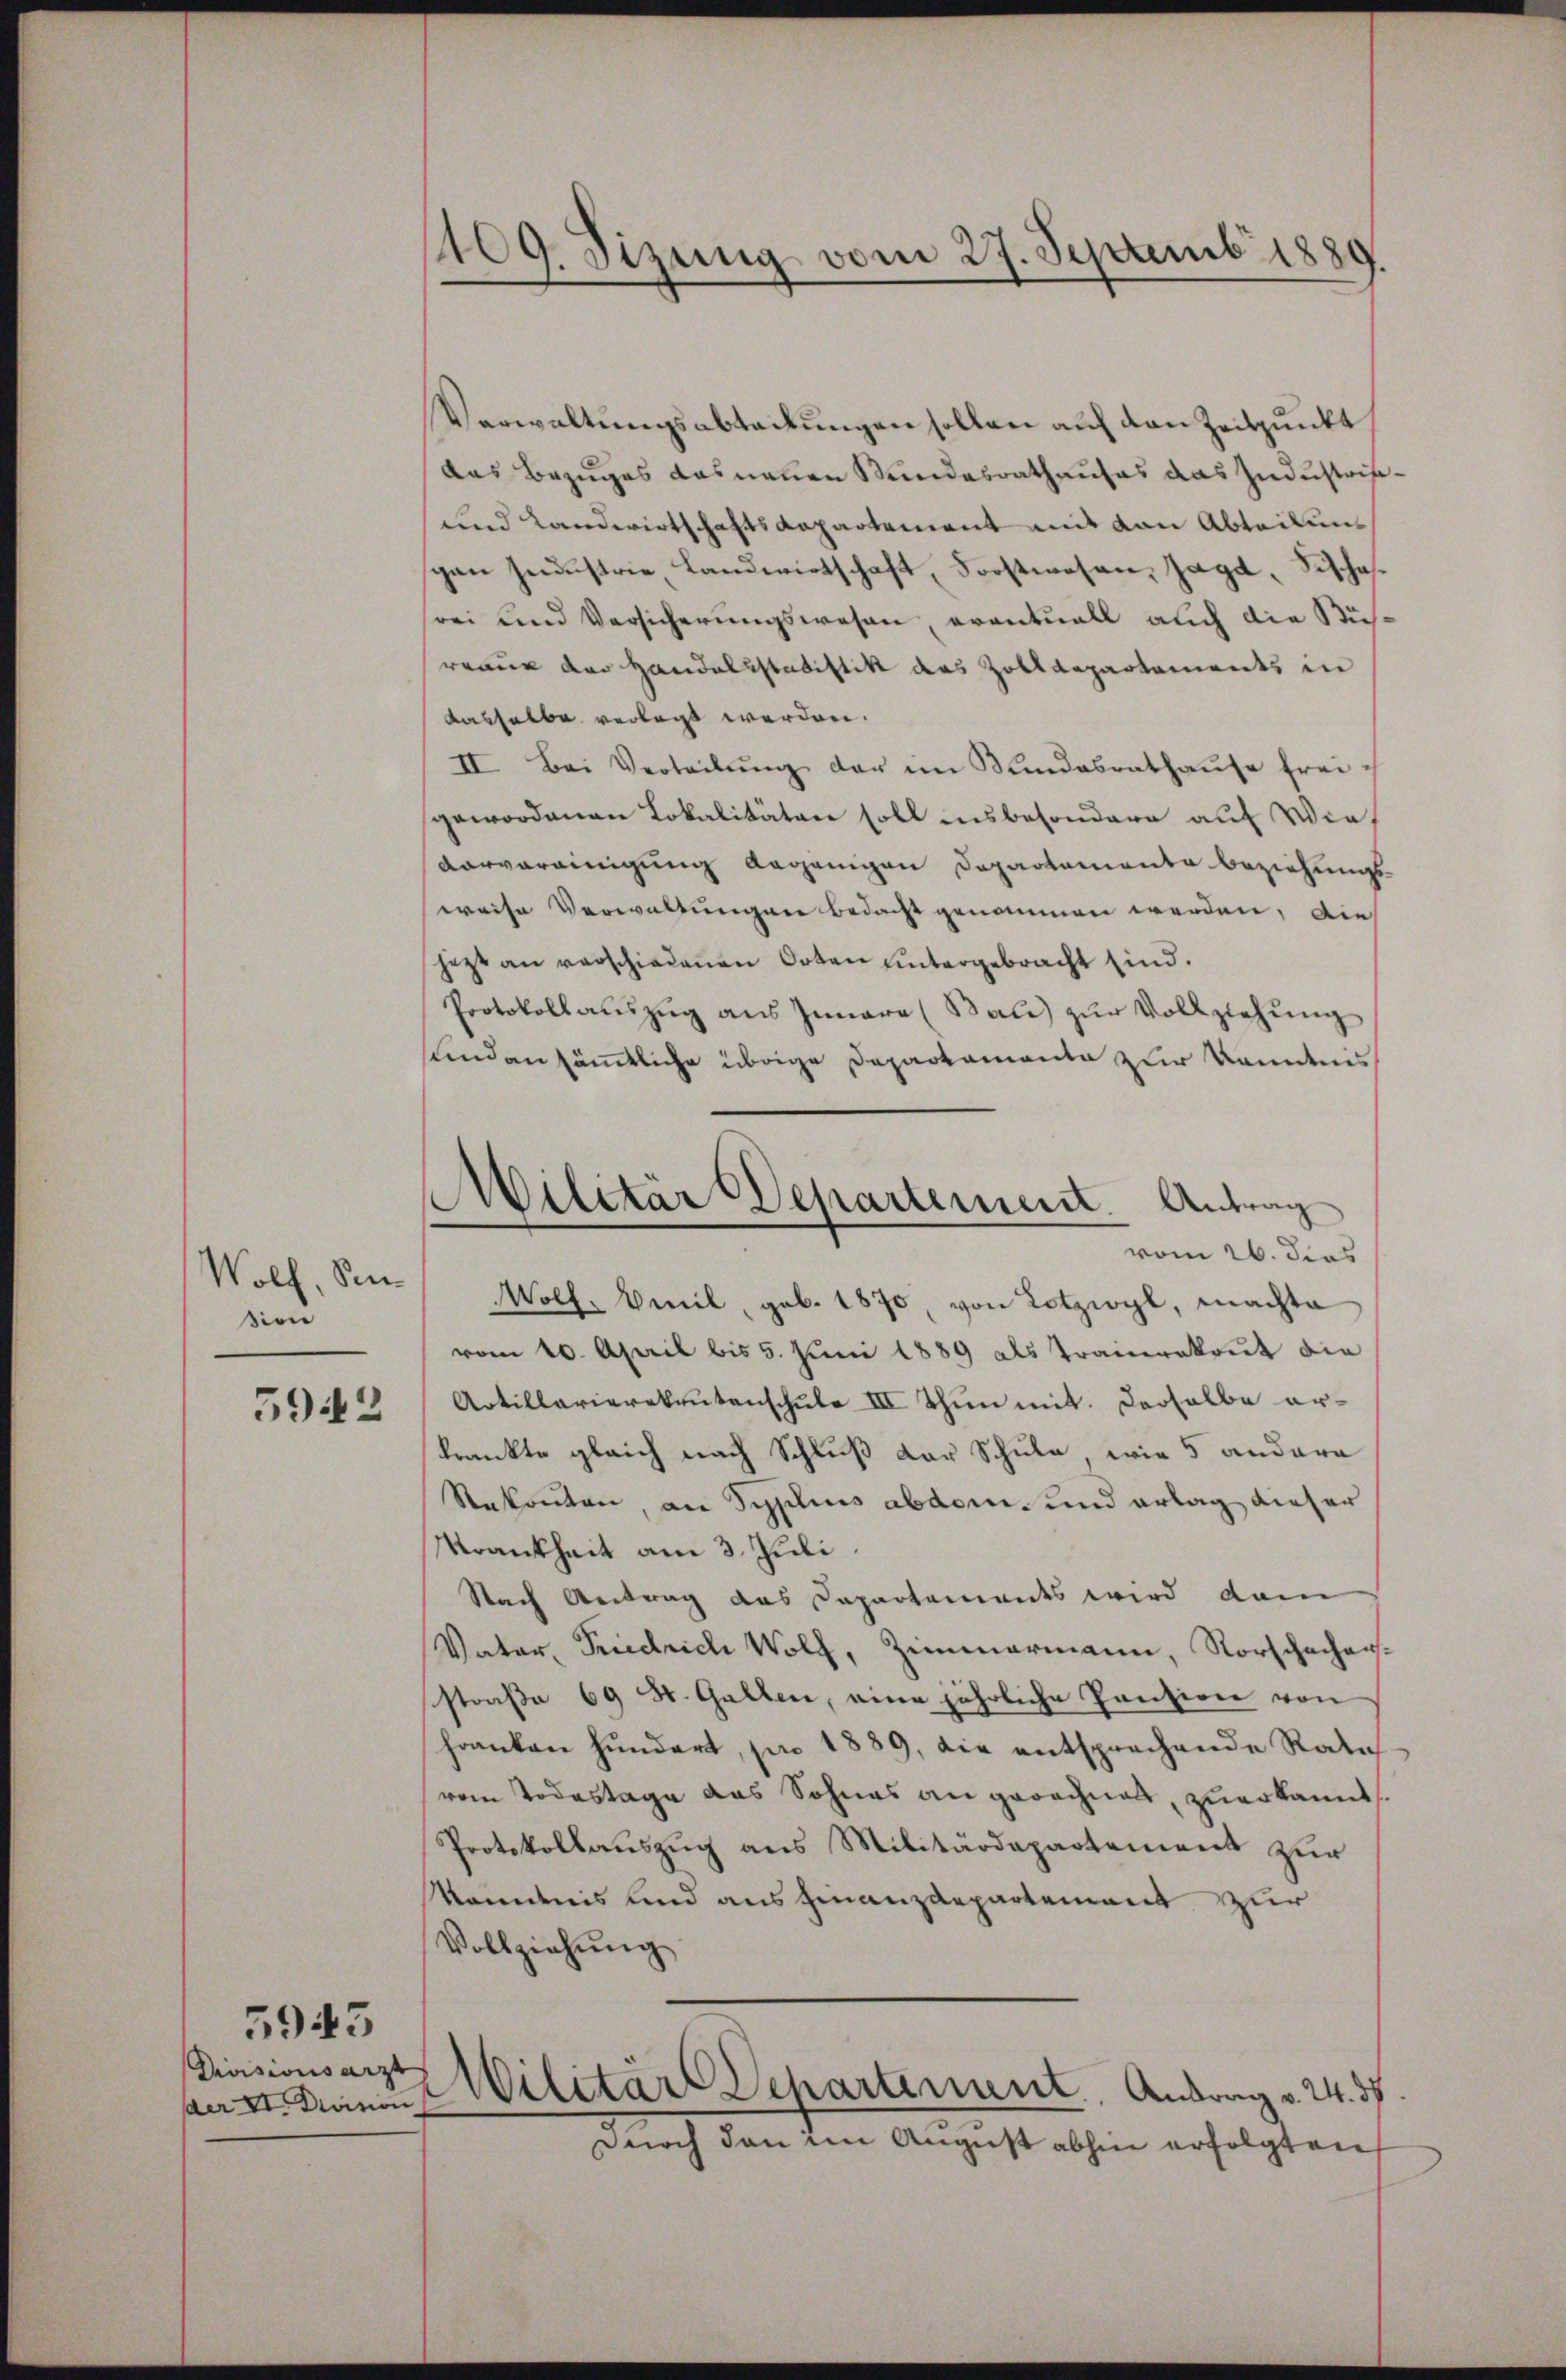
sien
592

Drissionsarzt |
der II. Division

5943

109. Sizung vom 27. Septemb. 1880

Verwaltungsabteckungen sollen auf den Zeitpunkt
Das Bezuges das neuen Stundesrathauses das Industrit¬
und Landwirtschaftsdepartement mit von Abteilung
gen Industrie, Landwirtschaft, Forstwesen, Jagd, Fischerei und Versicherungswesen eventuell auch die Sich
rraus der Handelsstatistik das Zolldepartements in
dasselbe verlegt werden.
II. Bei Verteilŭng der im Bundesrathaŭse frei i
gewordenen Lokalitäten soll insbesondere auf Wie¬
Vorvereinigung angenigen Departemento beziehungsweise Verwaltungen bedacht genommen werden, die
jezt an verschiedenen Orten untergebracht sind.
Protokollauszug aus Innere (Bau) zŭr Vollziehung
sund an sämtliche übrige Departamente zur Kenntnis
Wolf, P. Wolf Emil, geb. 1870, von Lotzwyl, machte
vom 10. April bis 5. Juni 1889 als Trainrekrut die
Artillarierekrutenschule III Thun mit. Derselbe erkrankte gleich nach Schluß der Schule wie 5 andere
Rekonten, an Syplius abdom. und erlag dieser
Krankheit am 3. Juli
Nach Antrag das Capartements wird dann
Vater, Friedrich Wolf, Zimmermann, Vorschacherstraße 69 St. Gallen, eine jährliche Panzion von
Franken hundert, pro 1889, die entsprechende Rativom Todestage das Sohnes an gerechnet, zuerkannt.
Protokollauszug aus Militärdepartement zur
Mändnis und aus Finanzdepartement zur
Vollziehŭng
Wilitärs Departement, Antrag v. 24. d.
durch den im August abhin erfolgten

Wilitar Departement. Antrag
vom 26. dies